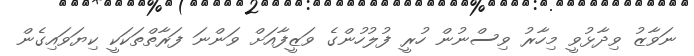
ނަވާޒު ވިދާޅުވީ މިހާރު ވިސްނުން ހުރީ ފުލުހުންގެ ވަޒީފާއަށް ވަންނަ ފަރާތްތަކަކީ ކިޔަވައިގެން